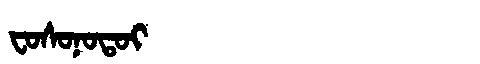
Manchu: ᠸᠣᠰᠣᠨᠣᡨᠣᡳ
Romanization: FOSONOTOI